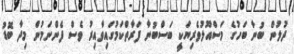
ދުލުން ބުނާ ބަހުގެ މަސްއޫލުވެރިޔަކީ ބަސްބުނާ ފަރާތްކަމުގައިވާއިރު ވެސް ފެންނަމުން މިދާ ބޮޑު